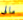
مالى